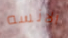
الانسه